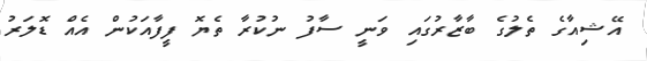
އޭޝިއާގެ ތެލުގެ ބާޒާރުގައި ވަނީ ސާފު ނުކުރާ ތެޔޮ ފީފާއަކުން އެއް ޑޮލަރު